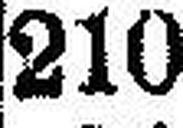
210